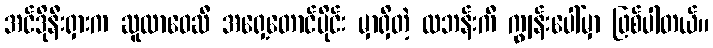
အင်ဒိုနီးရှားက ဆူလာဝေဆီ အရှေ့တောင်ပိုင်း မှာရှိတဲ့ လဘန်းကီ ကျွန်းပေါ်မှာ ဖြစ်ပါတယ်။